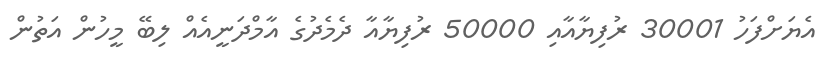
އެޔަށްފަހު 30001 ރުފިޔާއާއި 50000 ރުފިޔާއާ ދެމެދުގެ އާމްދަނީއެއް ލިބޭ މީހުން އަތުން